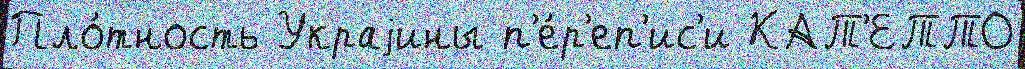
Пло́тность Украjины п'е́р'еп'ис'и КАТ'ЕТТО